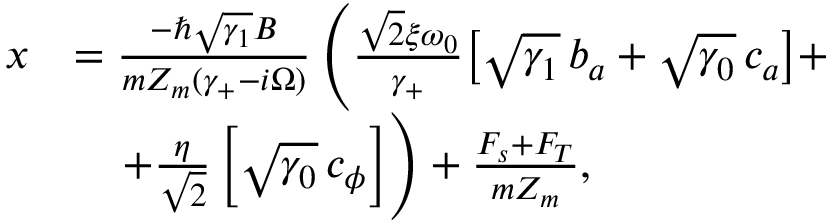
\begin{array} { r l } { x } & { = \frac { - \hslash \sqrt { \gamma _ { 1 } } B } { m Z _ { m } ( \gamma _ { + } - i \Omega ) } \left( \frac { \sqrt 2 \xi \omega _ { 0 } } { \gamma _ { + } } \big [ \sqrt { \gamma _ { 1 } } \, b _ { a } + \sqrt { \gamma _ { 0 } } \, c _ { a } \big ] + \right. } \\ & { \quad \left. + \frac { \eta } { \sqrt 2 } \left[ \sqrt { \gamma _ { 0 } } \, c _ { \phi } \right] \right) + \frac { F _ { s } + F _ { T } } { m Z _ { m } } , } \end{array}